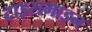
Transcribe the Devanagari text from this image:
टाइरामाइन